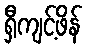
ရှီကျင့်ဖိန်